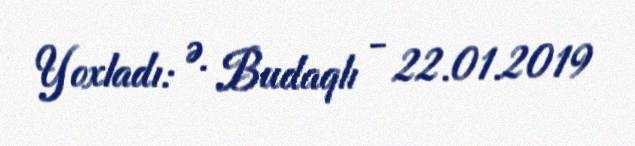
Yoxladı: Ə. Budaqlı - 22.01.2019